Indian journal of veterinary science and animal husbandry - Volume 11,
Year: 1941
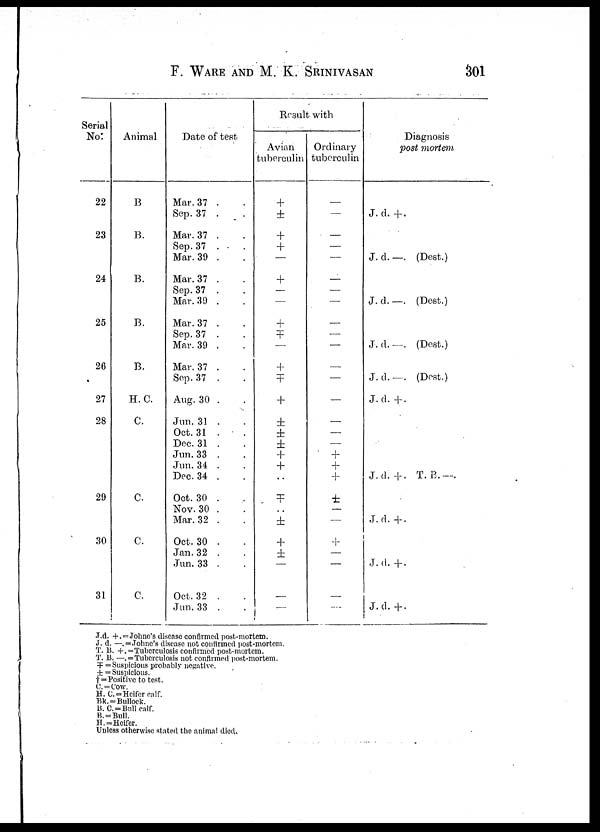
F. WARE AND M. K. SRINIVASAN 301
Serial
No:
22
23
24
25
26
27
28
29
30
31
Animal
B
B.
B.
B.
B.
H. C.
C.
C.
C.
C.
Date of test
Mar. 37 . .
Sep. 37 . .
Mar. 37 . .
Sep.37 . .
Mar. 39 . .
Mar. 37 . .
Sep. 37 . .
Mar. 39 . .
Mar. 37 . .
Sep.37 . .
Mar. 39 . .
Mar. 37 . .
Sep. 37 . .
Aug. 30 . .
Jun. 31 . .
Oct. 31 . .
Dec. 31 . .
Jun. 33 . .
Jun. 34 . .
Dec. 34 . .
Oct. 30 . .
Nov. 30 . .
Mar. 32 . .
Oct. 30 . .
Jan.32 . .
Jun. 33 . .
Oct. 32 . .
Jun. 33 . .
Result with
Avian
tuberculin
+
±
+
+
—
+
—
—
+
Ŧ
—
+
±
+
±
±
±
+
+
..
Ŧ
. .
±
+
±
—
—
—
Ordinary
tuberculin
—
—
—
—
—
—
—
—
—
—
—
—
—
—
—
—
—
+
+
+
±
—
—
+
—
—
—
—
Diagnosis
post mortem
J. d. +.
J. d. —. (Dest.)
J. d.—. (Dest.)
J. d.—. (Dest.)
J. d.—. (Dest.)
J.d. +.
J. d. +. T. B.—.
J.d.+.
J.d. +.
J.d. +.
J.d. + . = Johne's disease confirmed post-mortem.
J. d. —. = Johne's disease not confirmed post-mortem.
T. B. + . = Tuberculosis confirmed post-mortem.
T. B. —. = Tuberculosis not confirmed post-mortem.
Ŧ = Suspicious probably negative.
± =Suspicious.
+ = Positive to test.
C. = Cow.
H. C. = Heifer calf.
Bk. = Bullock.
B.C. = Bull calf.
B. = Bull.
H. = Heifer.
Unless otherwise stated the animal died.